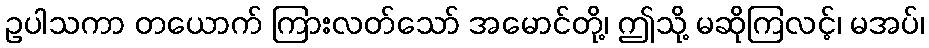
ဥပါသကာ တယောက် ကြားလတ်သော် အမောင်တို့၊ ဤသို့ မဆိုကြလင့်၊ မအပ်၊